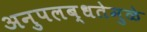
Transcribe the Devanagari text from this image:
अनुपलब्धतेमुळे